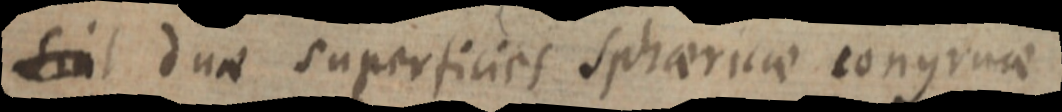
sint duae superficies sphaericae congruae